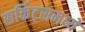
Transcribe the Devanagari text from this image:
सर्किट्समध्ये